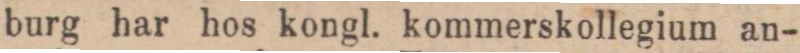
burg har hos kongl. kommerskollegium an-